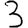
Digit: 3